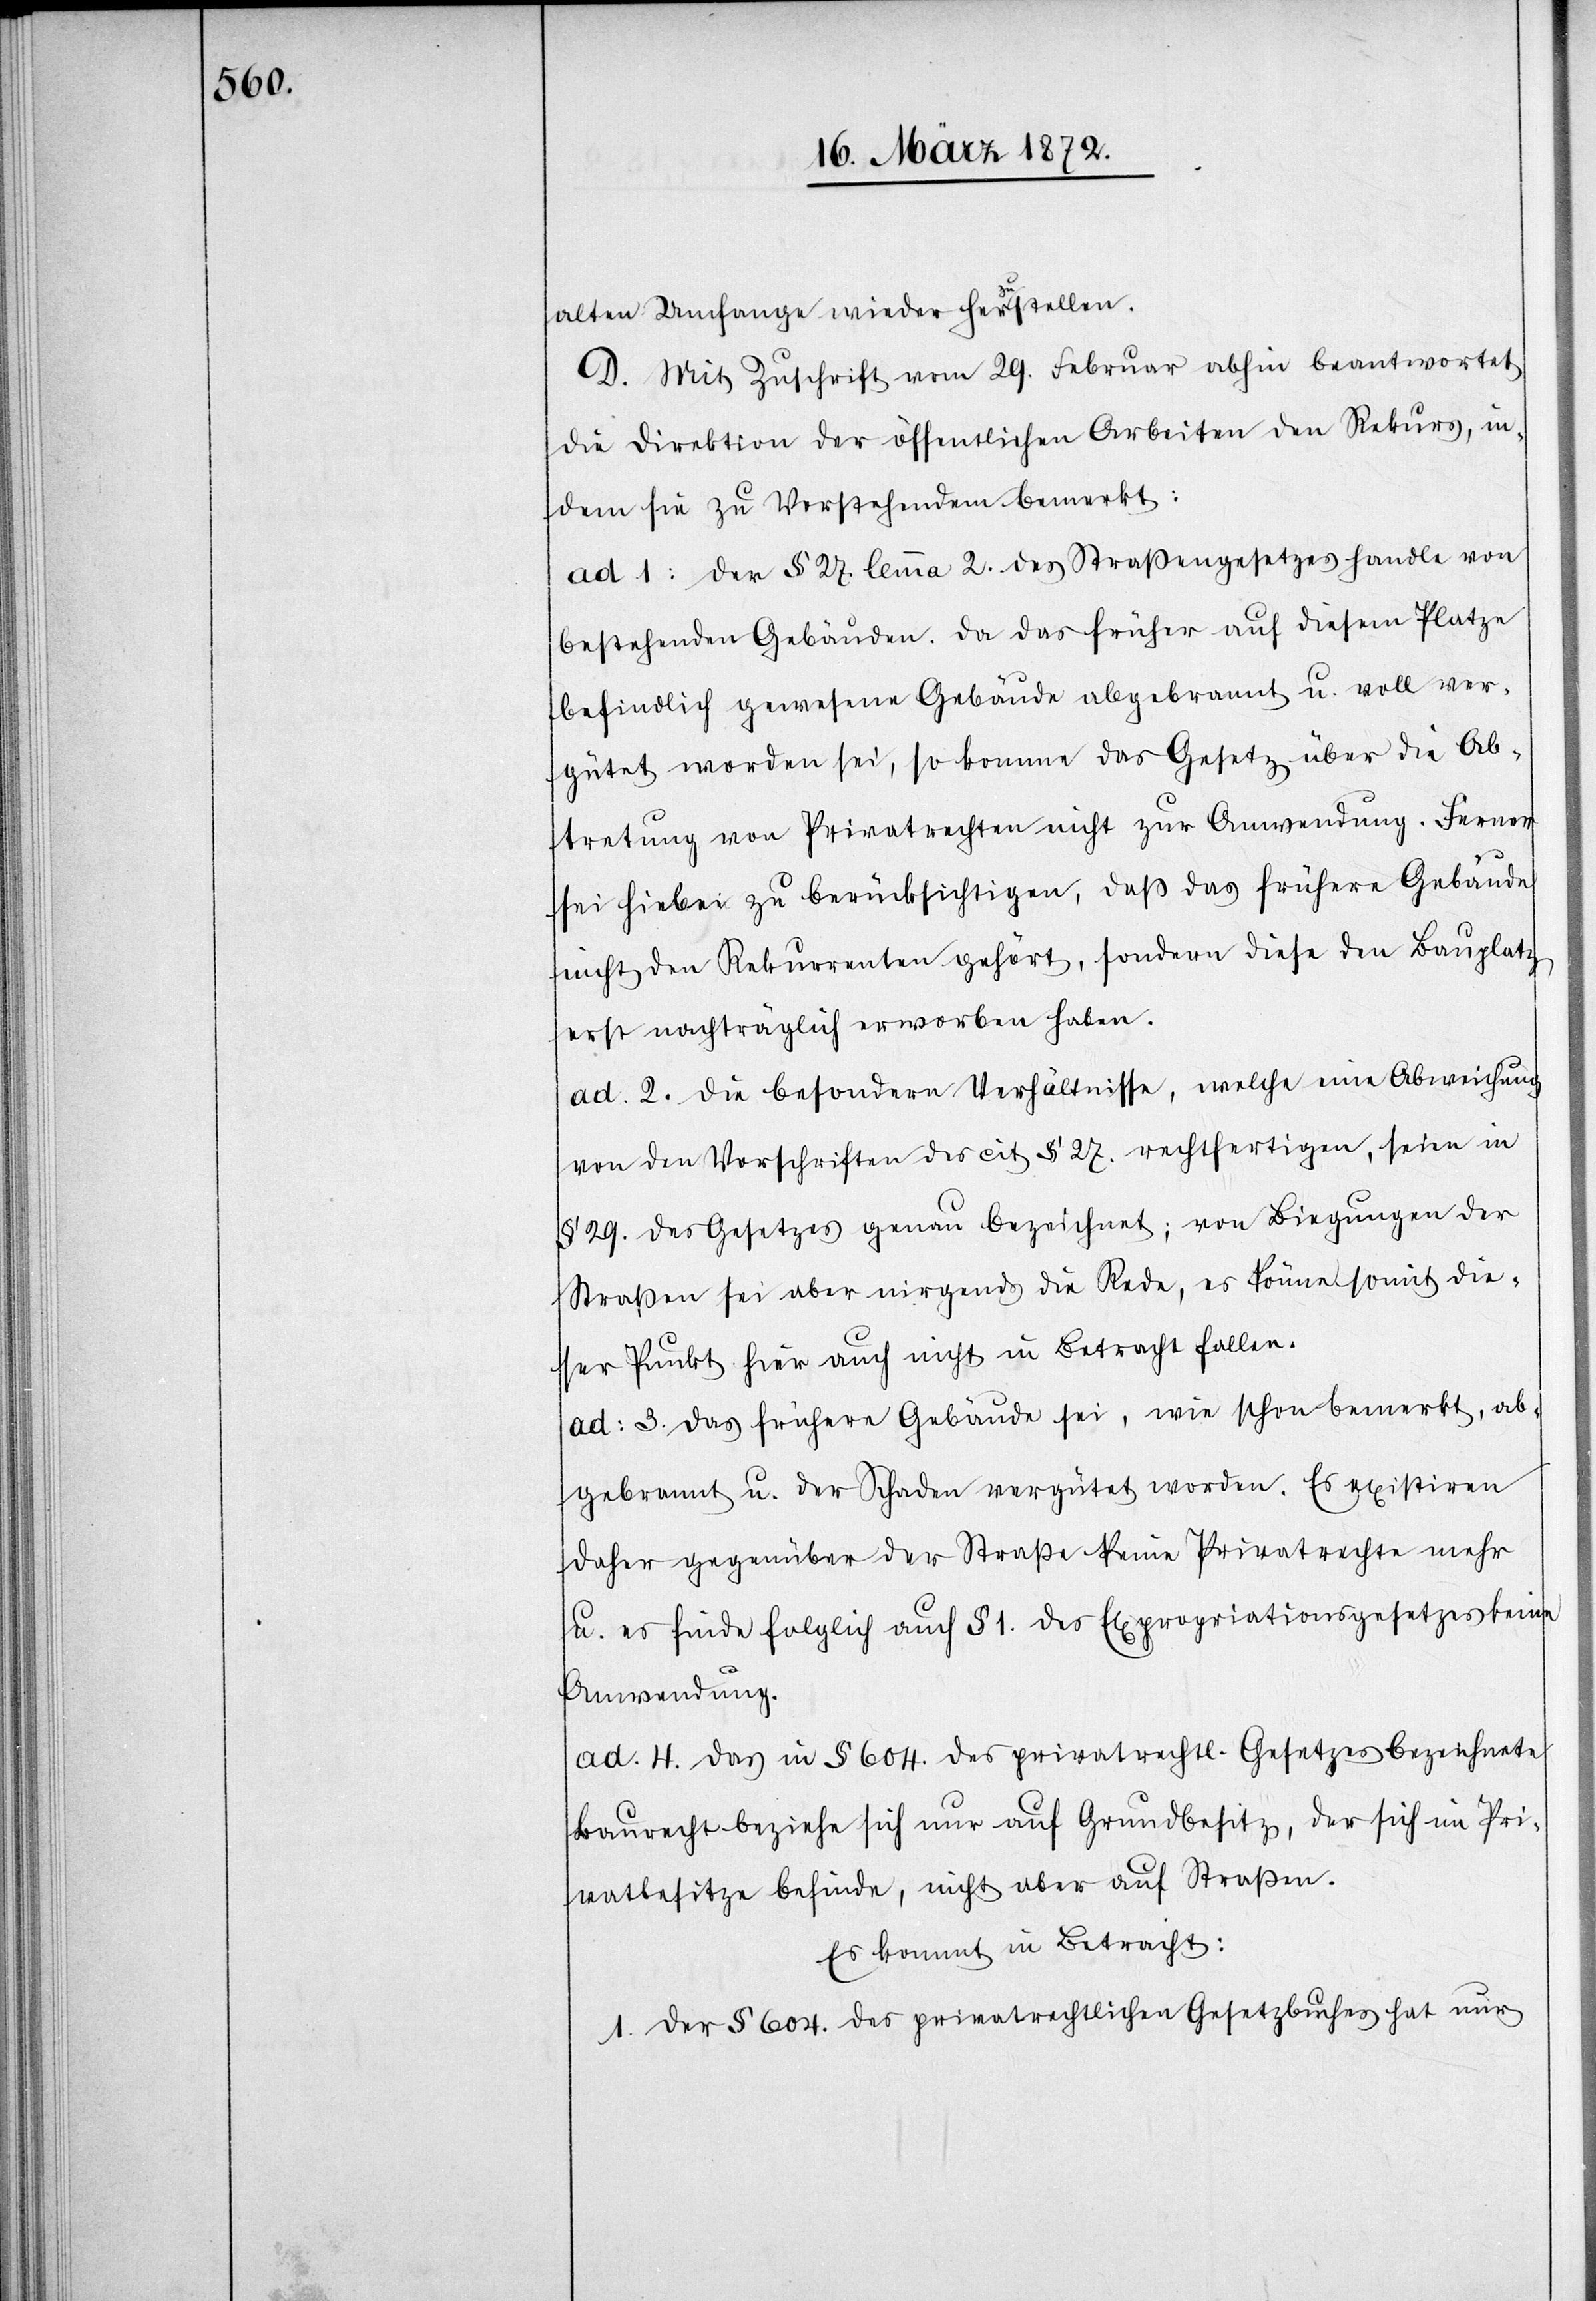
alten Umfange wieder herzustellen.
D. Mit Zuschrift vom 29. Februar abhin beantwortet
die Direktion der öffentlichen Arbeiten den Rekurs, in¬
dem sie zu Vorstehendem bemerkt:
ad. 1. Der § 27. lemma 2. des Straßengesetzes handle von
bestehenden Gebäuden. Da das früher auf diesem Platze
befindlich gewesene Gebäude abgebrannt u. voll ver¬
gütet worden sei, so komme das Gesetz über die Ab¬
tretung von Privatrechten nicht zur Anwendung. Ferner
sei hiebei zu berücksichtigen, daß das frühere Gebäude
nicht den Rekurrenten gehörig, sondern diese den Bauplatz
erst nachträglich erworben haben.
ad. 2. Die besondern Verhältnisse, welche eine Abweichung
von der Vorschriften des cit. § 27. rechtfertigen, seien in
§ 29. des Gesetzes genau bezeichnet; von Biegungen der
Straßen sei aber nirgends die Rede, es könne somit die¬
ser Punkt hier auch nicht in Betracht fallen.
ad. 3. Das frühere Gebäude sei, wie schon bemerkt, ab¬
gebrannt u. der Schaden vergütet worden. Es existiren
daher gegenüber der Straße keine Privatrechte mehr
u. es finde folglich auch § 1. des Expropriationsgesetzes keine
Anwendung.
ad. 4. Das in § 604. des privatrechtl. Gesetzes bezeichnete
Baurecht beziehe sich nur auf Grundbesitz, der sich im Pri¬
vatbesitze befinde, nicht aber auf Straßen.
Es kommt in Betracht:
1. Der § 604. des privatrechtlichen Gesetzbuches hat nur